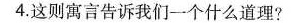
4.这则寓言告诉我们一个什么道理?